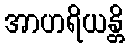
အာဟရိယန္တိ